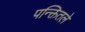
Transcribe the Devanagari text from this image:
पन्क्तितले